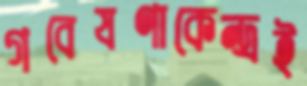
গবেষণাকেন্দ্রই